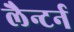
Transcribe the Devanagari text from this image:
लैन्टर्न